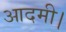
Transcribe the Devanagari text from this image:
आदमी।